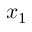
x _ { 1 }